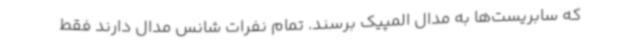
که سابریست‌ها به مدال المپیک برسند. تمام نفرات شانس مدال دارند فقط